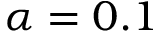
\alpha = 0 . 1